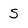
Character: S